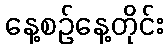
နေ့စဉ်နေ့တိုင်း